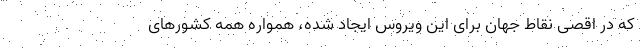
که در اقصی نقاط جهان برای این ویروس ایجاد شده، همواره همه کشورهای